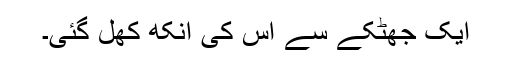
ایک جھٹکے سے اس کی آنکھ کھل گئی۔